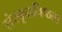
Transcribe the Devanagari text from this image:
संस्कृतनिष्ठता